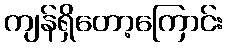
ကျန်ရှိတော့ကြောင်း